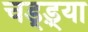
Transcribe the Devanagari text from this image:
चड्ड़्या